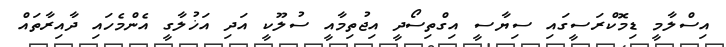
އިސްލާމީ ޑިމޮކްރަސީގައި ސިޔާސީ އިގްތިސޯދީ އިޖުތިމާއީ ސުލޫކީ އަދި އަޚުލާގީ އެންމެހައި ދާއިރާތައް